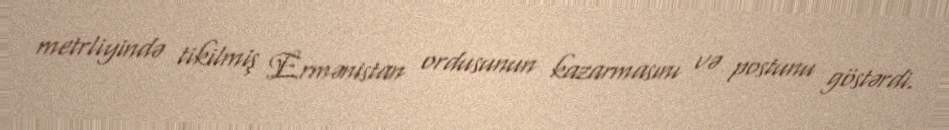
metrliyində tikilmiş Ermənistan ordusunun kazarmasını və postunu göstərdi.